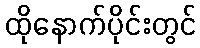
ထိုနောက်ပိုင်းတွင်